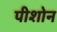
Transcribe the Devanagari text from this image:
पीशोन